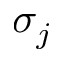
\sigma _ { j }